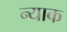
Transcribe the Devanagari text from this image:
न्याक